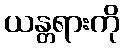
ယန္တရားကို